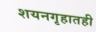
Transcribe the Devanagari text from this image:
शयनगृहातही